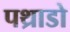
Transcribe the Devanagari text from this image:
पथ्राडो